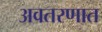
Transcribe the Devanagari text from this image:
अवतरणात